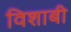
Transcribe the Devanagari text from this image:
विशाबी